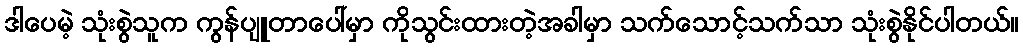
ဒါပေမဲ့ သုံးစွဲသူက ကွန်ပျူတာပေါ်မှာ ကိုသွင်းထားတဲ့အခါမှာ သက်သောင့်သက်သာ သုံးစွဲနိုင်ပါတယ်။